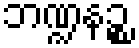
ဘဏ္ဍနဉ္စ